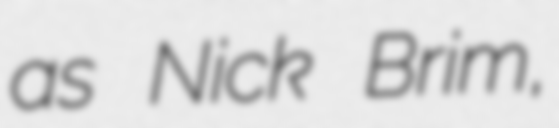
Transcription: as Nick Brim,